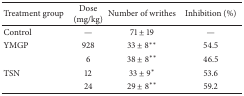
<table><thead><tr><td><b>Treatment group</b></td><td><b>Dose(mg/kg)</b></td><td><b>Number of writhes</b></td><td><b>Inhibition (%)</b></td></tr></thead><tbody><tr><td>Control</td><td>—</td><td>71 ± 19</td><td>—</td></tr><tr><td>YMGP</td><td>928</td><td>33 ± 8**</td><td>54.5</td></tr><tr><td> </td><td>6</td><td>38 ± 8**</td><td>46.5</td></tr><tr><td>TSN</td><td>12</td><td>33 ± 9*</td><td>53.6</td></tr><tr><td> </td><td>24</td><td>29 ± 8**</td><td>59.2</td></tr></tbody></table>